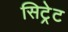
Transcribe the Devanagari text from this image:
सिट्रेट